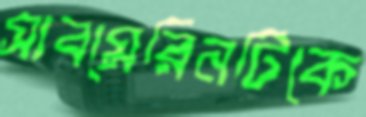
সাবমেরিনটিকে